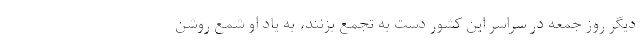
دیگر روز جمعه در سراسر این کشور دست به تجمع بزنند، به یاد او شمع روشن